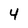
Character: 4